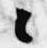
々